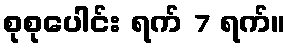
စုစုပေါင်း ရက် 7 ရက်။